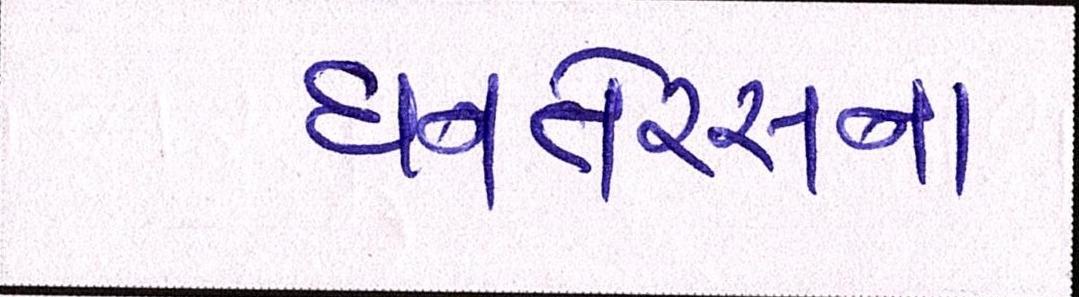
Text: ધનતેરસના